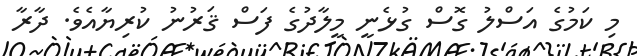
މި ކަމުގެ އަސްލު ގޮސް ގުޅެނީ މީލާދުގެ ފަސް ޤަރުނު ކުރިޔާއެވެ. ދާރާ